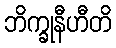
ဘိက္ခုနီဟီတိ